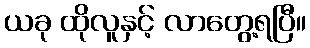
ယခု ထိုလူနှင့် လာတွေ့ရပြီ။